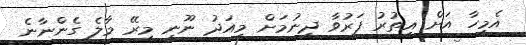
އެމީހާ އަށް އިތުރު ފަރުވާ ދިނުމަށް މިއަދު ނޫނީ މިރޭ މާލެ ގެންނާނެ